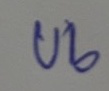
บน